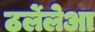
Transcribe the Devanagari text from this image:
ठर्लेलेआ